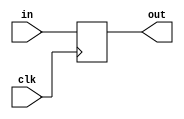
module pc_3_bit(
    input wire [2:0] in,
    input wire clk,
    output [2:0] out
);
    reg [2:0] d = 3'b000;
    always @(posedge clk) begin
        d <= in;
    end
    assign out = d;
endmodule